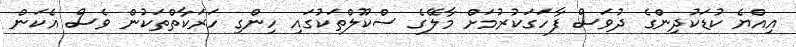
އިއްޔެ ކުޑަކުދިންގެ ދުވަސް ފާހަގަކުރުމަށް މާލޭގެ ސްކޫލްތަކުގައި ހިންގި ހަރަކާތްތަކުން ވެސް އެކަން